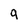
Character: g